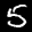
Label: 5